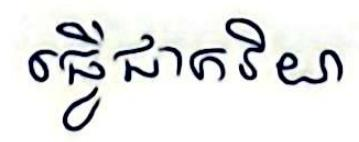
ធ្វើជាភរិយា